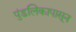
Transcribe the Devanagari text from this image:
पुंडलिकापासून